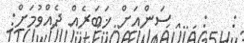
:   :    ސަންއަށް ޚަބަރެއް ދެއްވުމަށް: